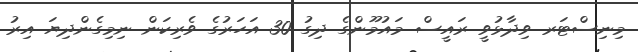
މިނިސްޓަރ ވިދާޅުވީ ރައީސް މައުމޫންގެ ދިގު 30 އަހަރުގެ ވެރިކަން ނިމިގެންދިޔަ އިރު